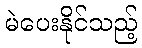
မဲပေးနိုင်သည့်